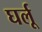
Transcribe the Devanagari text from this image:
घर्लू